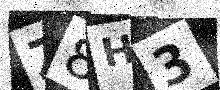
Text: Z8H3